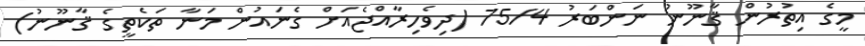
މީގެ އިތުރުން ޤާނޫނު ނަންބަރު 75/4 (ދިވެހިރާއްޖެއަށް ގެނައުން މަނާ ތަކެތީގެ ޤާނޫނު)